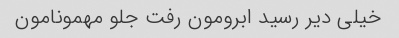
خیلی دیر رسید ابرومون رفت جلو مهمونامون